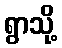
ရွာသို့